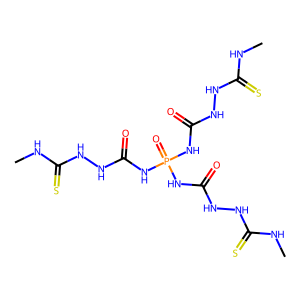
SMILES: CNC(=S)NNC(=O)NP(=O)(NC(=O)NNC(=S)NC)NC(=O)NNC(=S)NC
Inhibits HIV replication: No